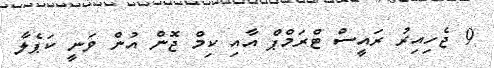
9 ޖެހިއިރު ރައީސް ޓްރަމްޕް އާއި ކިމް ޖޮން އުން ވަނީ ކަޕެލާ